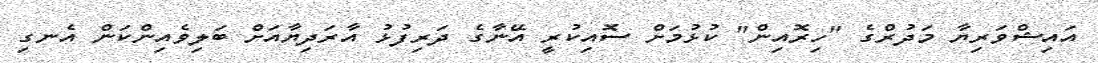
އައިޝްވަރިޔާ މަދުރްގެ "ހިރޮއިން" ކުޅުމަށް ސޮއިކުރީ އޭނާގެ ދަރިފުޅު އާރަދިޔާއަށް ބަލިވެއިންކަން އެނގި